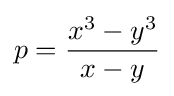
p={\frac {x^{3}-y^{3}}{x-y}}